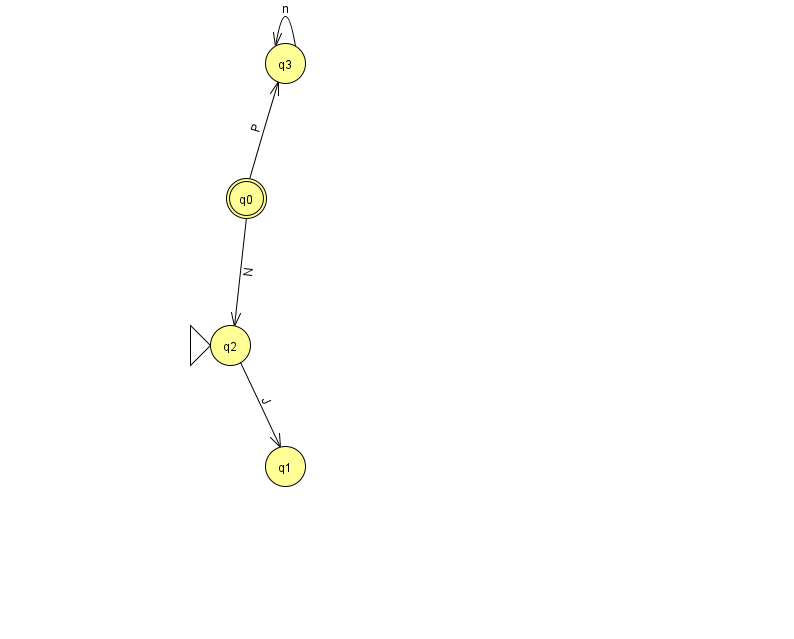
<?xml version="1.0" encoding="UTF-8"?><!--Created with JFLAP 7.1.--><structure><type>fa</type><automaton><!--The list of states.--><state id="0" name="q0"><x>246.0</x><y>185.0</y><final/></state><state id="1" name="q1"><x>285.0</x><y>453.0</y></state><state id="2" name="q2"><x>230.0</x><y>332.0</y><initial/></state><state id="3" name="q3"><x>285.0</x><y>50.0</y></state><!--The list of transitions.--><transition><from>2</from><to>1</to><read>J</read></transition><transition><from>0</from><to>2</to><read>N</read></transition><transition><from>0</from><to>3</to><read>P</read></transition><transition><from>3</from><to>3</to><read>n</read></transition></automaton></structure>